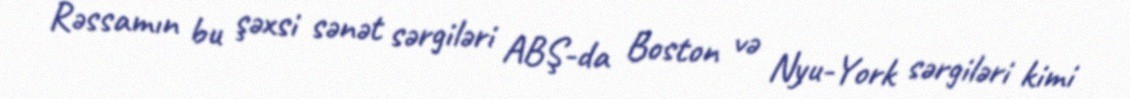
Rəssamın bu şəxsi sənət sərgiləri ABŞ-da Boston və Nyu-York sərgiləri kimi